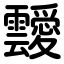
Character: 靉